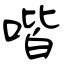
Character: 喈